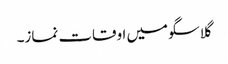
گلاسگو میں اوقات نماز۔